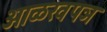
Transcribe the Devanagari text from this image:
ओळखपञ